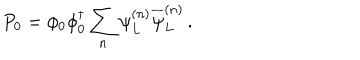
P _ { 0 } = \phi _ { 0 } \phi _ { 0 } ^ { \dagger } \sum _ { n } \psi _ { L } ^ { ( n ) } \overline { { { \psi } } } _ { L } ^ { ( n ) } \, .